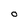
Character: O